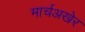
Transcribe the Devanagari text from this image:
मार्चअखेर